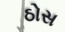
ઠોસ